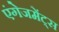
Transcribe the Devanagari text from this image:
एंगेजमेंट्स